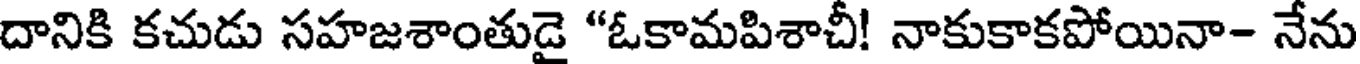
దానికి కచుడు సహజశాంతుడై "ఓకామపిశాచీ! నాకుకాకపోయినా- నేను